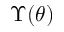
\Upsilon ( \theta )